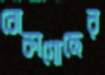
বোকাগোছের